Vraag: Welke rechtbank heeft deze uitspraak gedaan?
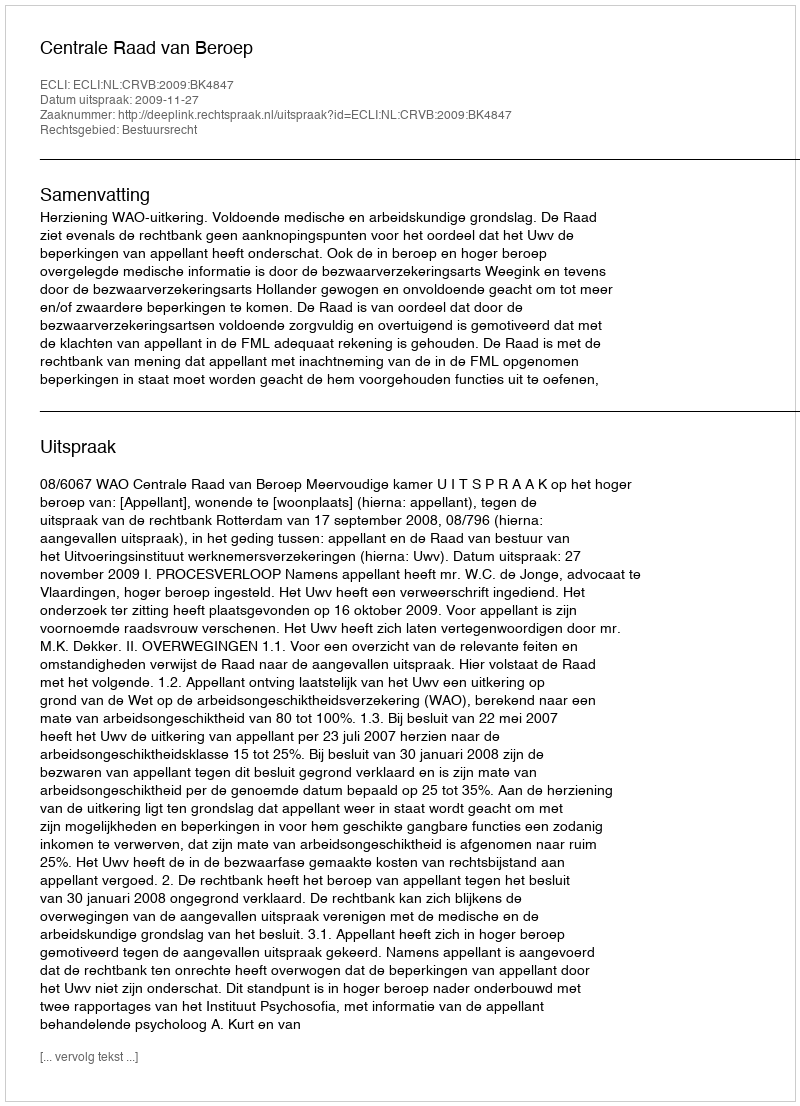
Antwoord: Centrale Raad van Beroep